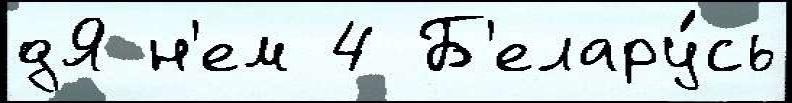
дЯ н'ем 4 Б'елару́сь